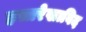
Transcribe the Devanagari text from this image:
हस्तरेखाविद